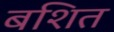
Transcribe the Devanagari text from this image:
बशित